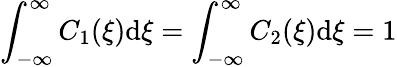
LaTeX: \int_{-\infty}^{\infty}C_{1}(\xi)\mathrm{d}\xi=\int_{-\infty}^{\infty}C_{2}(\xi)\mathrm{d}\xi=1